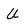
Character: U